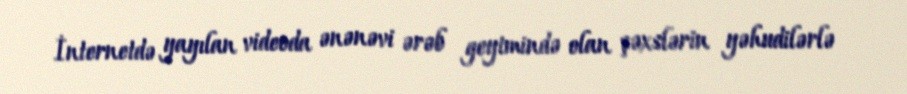
İnternetdə yayılan videoda ənənəvi ərəb geyimində olan şəxslərin yəhudilərlə